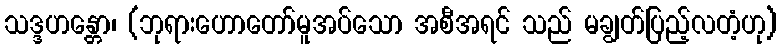
သဒ္ဒဟန္တော၊ (ဘုရားဟောတော်မူအပ်သော အစီအရင် သည် မချွတ်ပြည့်လတံ့ဟု)